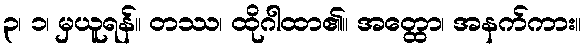
၃၊ ၁၊ မှယူရန်။ တဿ၊ ထိုဂါထာ၏။ အတ္ထော၊ အနက်ကား။